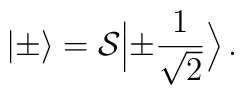
| \pm \rangle = {\cal S} \Bigl| \pm \frac{1}{\sqrt{2}} \Bigr> \, .